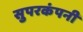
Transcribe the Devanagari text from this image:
सुपरकंपनी